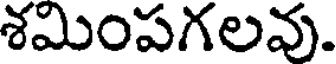
శమింపగలవు.